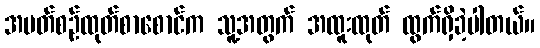
အပတ်စဉ်ထုတ်စာစောင်က သူ့အတွက် အထူးထုတ် ထွက်ရှိခဲ့ပါတယ်။